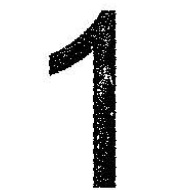
1